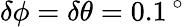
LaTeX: \delta\phi=\delta\theta=0.1\, ^{\circ}